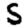
Digit: 5